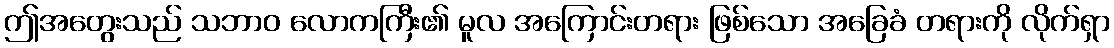
ဤအတွေးသည် သဘာဝ လောကကြီး၏ မူလ အကြောင်းတရား ဖြစ်သော အခြေခံ တရားကို လိုက်ရှာ